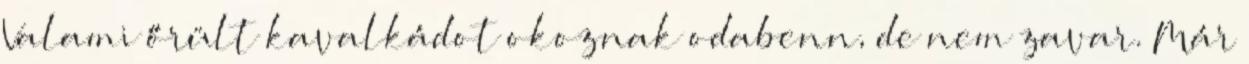
Valami őrült kavalkádot okoznak odabenn, de nem zavar. Már